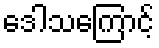
ဒေါသကြောင့်